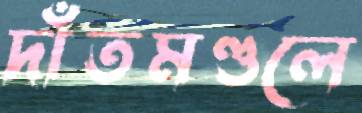
দাঁতমণ্ডলে